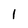
Character: l